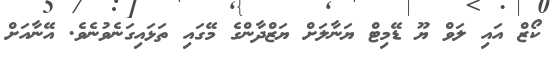
ކޯޒް އައި ލަވް ޔޫ ޑޭމިޓް ޔަނާލަށް ޔަޒްދާންގެ މޭގައި ތަޅައިގަނެވުނެވެ. އޭނާއަށް